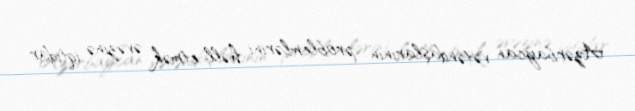
Azərbaycan vətəndaşlarının problemlərini həll etmək əvəzinə iqtidar